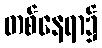
တစ်နေရာ၌